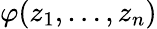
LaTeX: \varphi(z_{1},\ldots,z_{n})